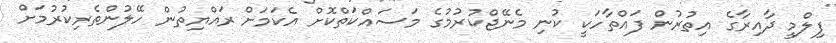
ފިލްމީ ދާއިރާގެ އިތުރުން ފައްތާހަކީ ކުނި މެނޭޖްކުރުމުގެ މަސައްކަތްކޮށް އެކަމަށް ރައްޔިތުން ހޭލުންތެރިކުރުމަށް